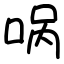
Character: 㖞